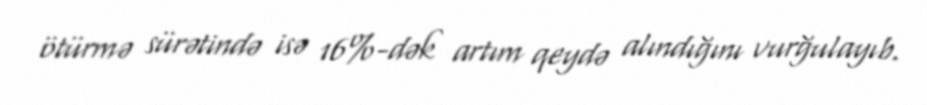
ötürmə sürətində isə 16%-dək artım qeydə alındığını vurğulayıb.